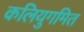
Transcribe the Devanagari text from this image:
कलियुगमित